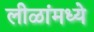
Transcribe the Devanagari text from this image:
लीळांमध्ये